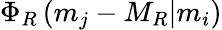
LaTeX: \Phi_{R}\left(m_{j}-M_{R}\vert m_{i}\right)